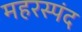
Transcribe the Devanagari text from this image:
महरस्पंद